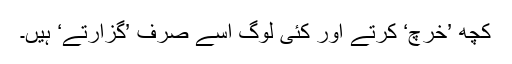
کچھ ’خرچ‘ کرتے اور کئی لوگ اسے صرف ’گزارتے‘ ہیں۔